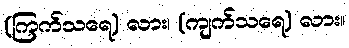
(ကြက်သရေ) လား၊ (ကျက်သရေ) လား။